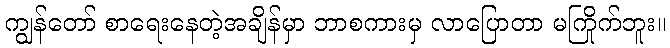
ကျွန်တော် စာရေးနေတဲ့အချိန်မှာ ဘာစကားမှ လာပြောတာ မကြိုက်ဘူး။